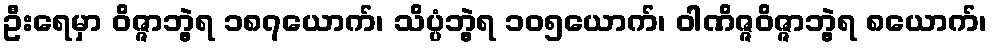
ဦးရေမှာ ဝိဇ္ဇာဘွဲ့ရ ၁၈၇ယောက်၊ သိပ္ပံဘွဲ့ရ ၁၀၅ယောက်၊ ဝါဏိဇ္ဇဝိဇ္ဇာဘွဲ့ရ ၈ယောက်၊